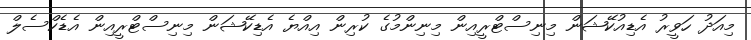
މިއަދު ހަވީރު އެޑިއުކޭޝަން މިނިސްޓްރީއިން މިނިންމުގެ ކުރިން އިއްޔެ އެޑިކޭޝަން މިނިސްޓްރީއިން އެޑެކްސެލް